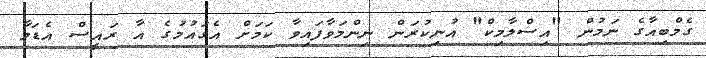
ގެމްބިއާގެ ނަމުން "އިސްލާމިކް" އުނިކުރަން ނިންމަވާފައިވާ ކަމަށް އެގައުމުގެ އާ ރައީސް އެޑަމާ